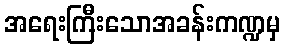
အရေးကြီးသောအခန်းကဏ္ဍမှ